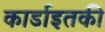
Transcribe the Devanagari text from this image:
कार्डाइतकी